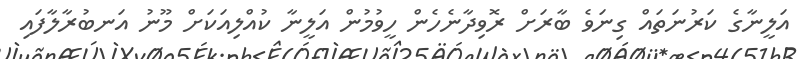
އަލީނާގެ ކަރުނަތައް ގިނަވެ ބާރަށް ރޮވިދާނެހެން ހީވުމުން އަލީނާ ކުއްލިއަކަށް މޫނު އަނބުރާލާފައި